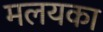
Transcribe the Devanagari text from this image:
मलयका